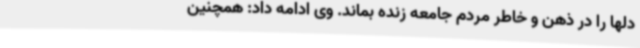
دلها را در ذهن و خاطر مردم جامعه زنده بماند. وی ادامه داد: همچنین